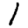
Digit: 1